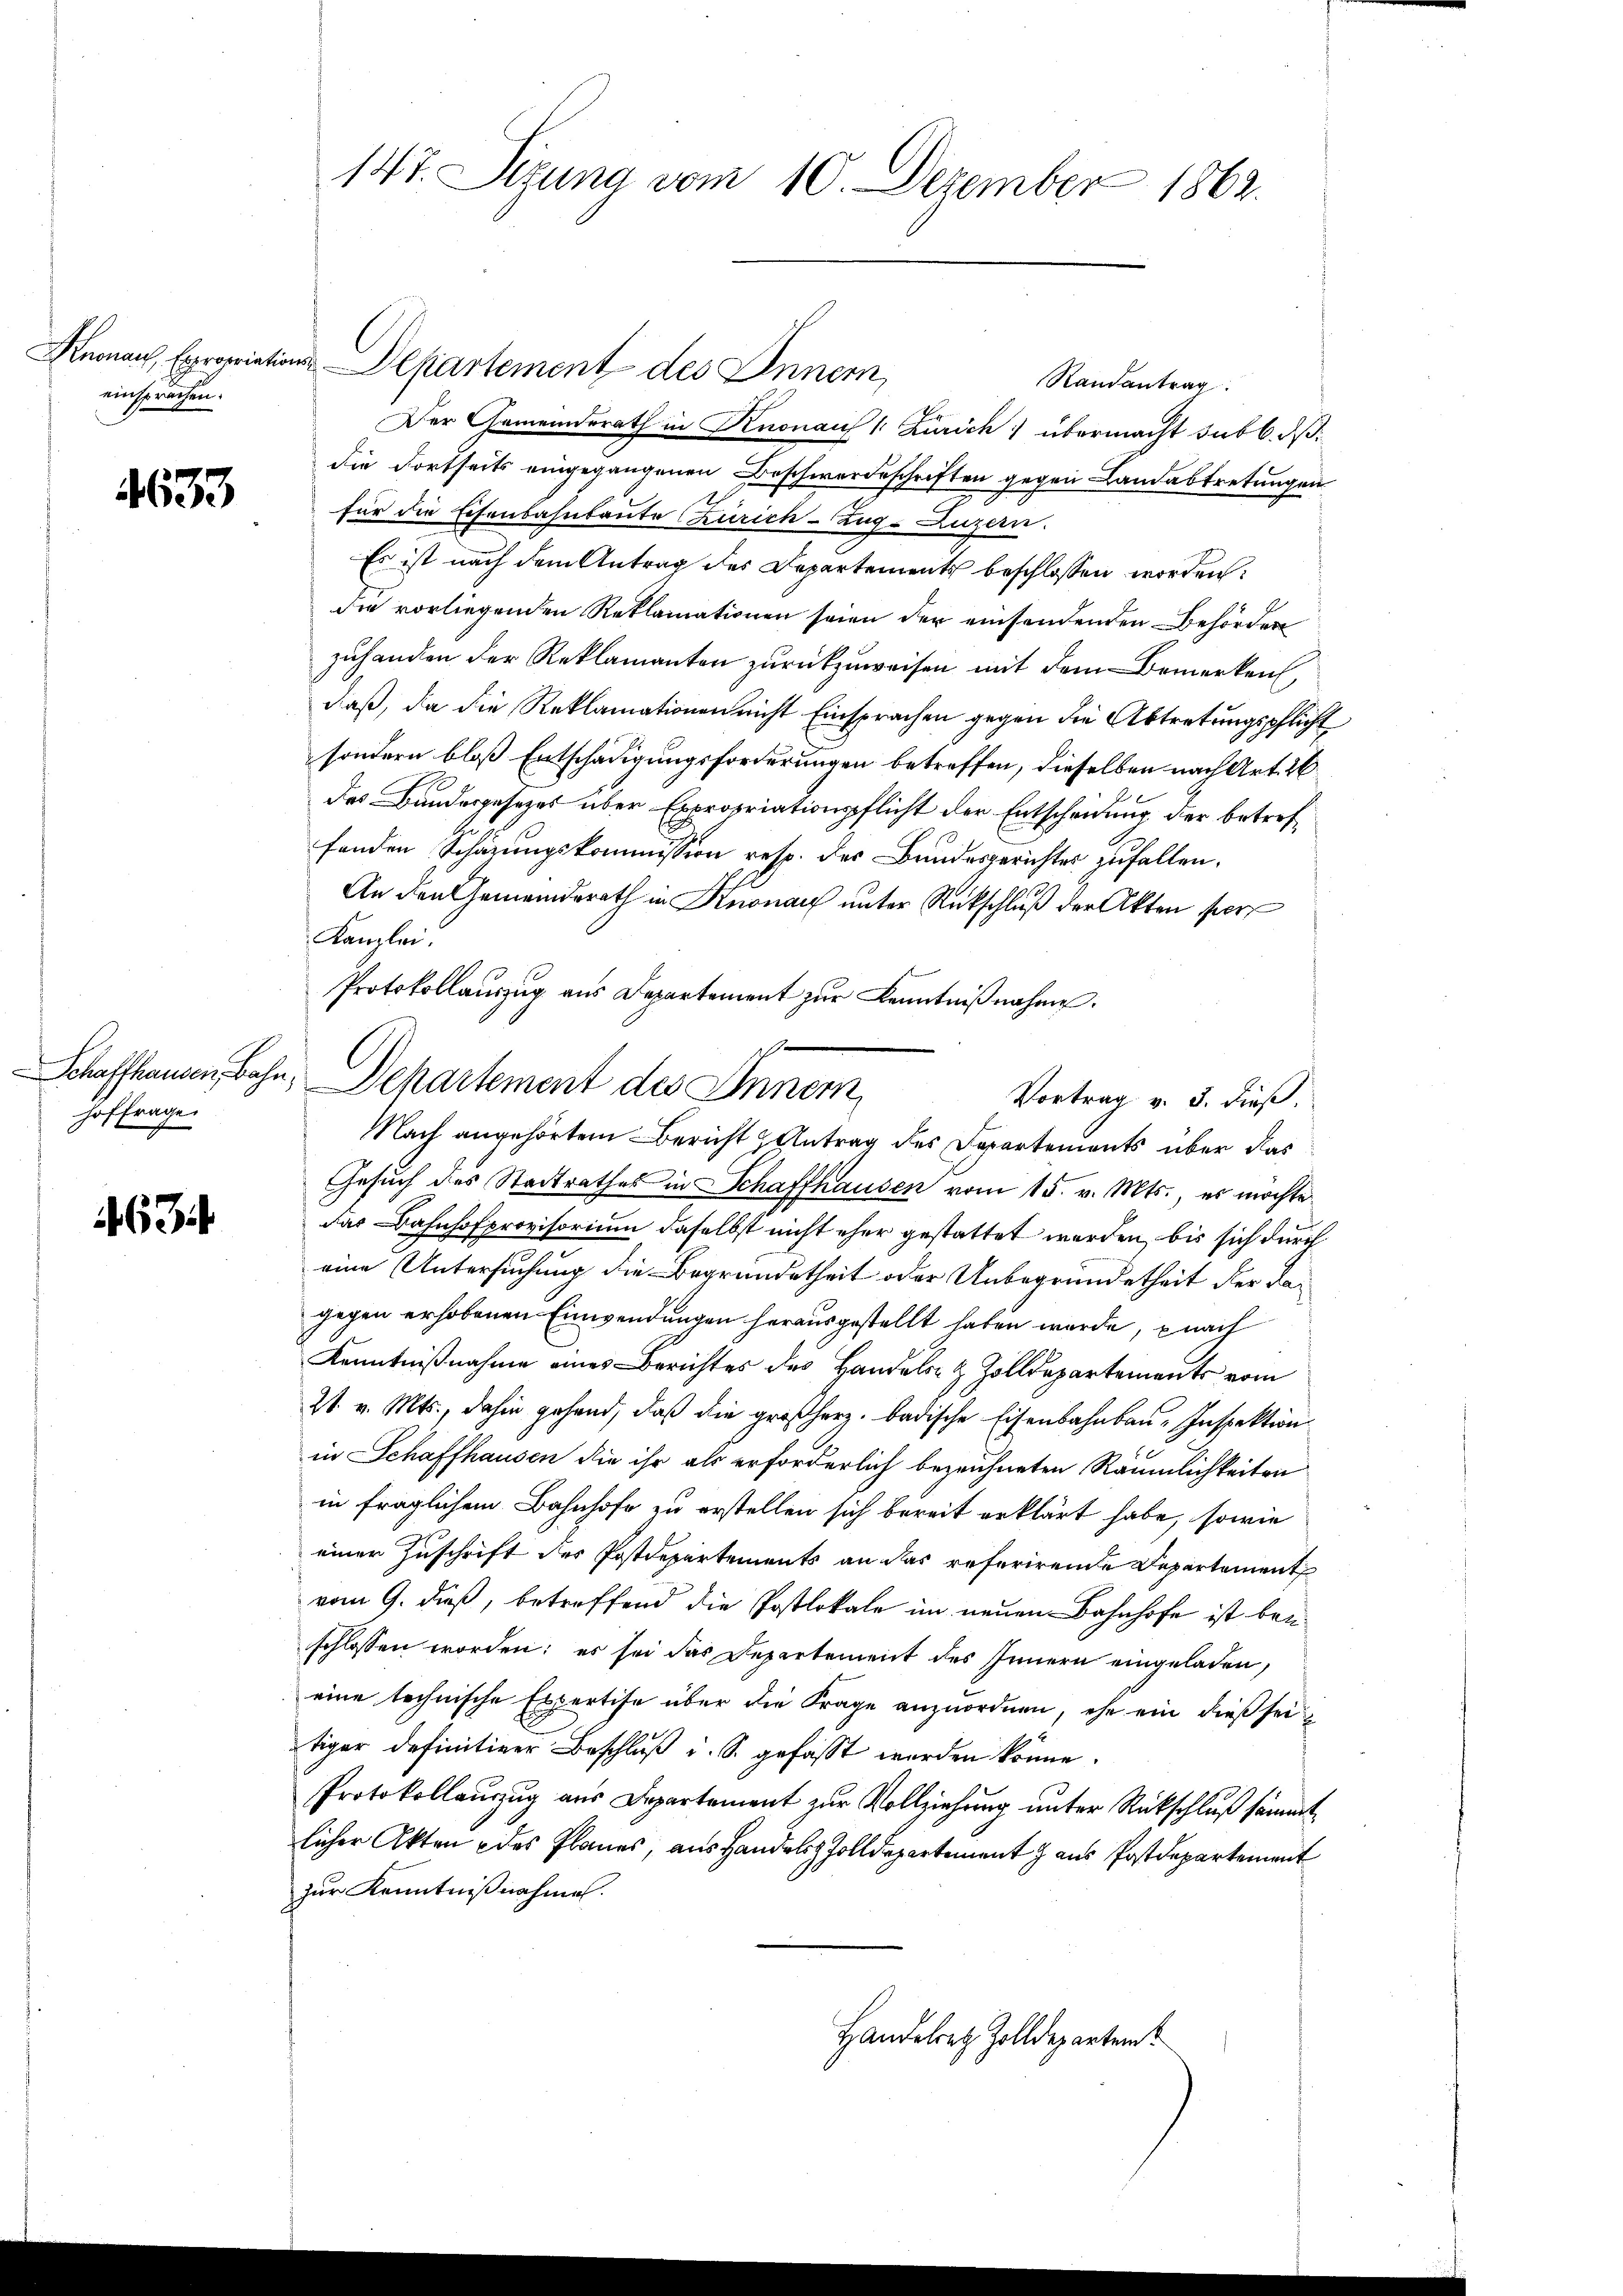
einsprachen.

4633

hoffrage.

463

Randantrag
Der Gemeinderath in Knonau (: Zürich übermacht sub b. dß.
die dortseits eingegangenen Beschwerdeschriften gegen Landabtretungen
für die Eisenbahnbaute Zürich–Zug–Luzern.
Es ist nach dem Antrag des Departements beschlossen worden:
die vorliegenden Reklamationen seien der einsendenden Behördere
zuhanden der Reklamanten zurückzuweisen mit dem Bemerken,
daß, da die Reklamationen nicht Einsprachen gegen die Abtretungspflicht
sondern bloß Entschädigungsforderungen betreffen, dieselben nach Art. 26
des Bundesgesetzes über Expropriationspflicht der Entscheidung der betreffanden Schazungskommission resp. der Bundesgerichter zufallen.
An den Gemeinderath in Knonau unter Rückschluß der Akten per
Kanzlei.
Protokollauszug aus Departement zŭr Kenntniβnahme.
Vortrag v. 3. dieß.
Nach angehörtem Bericht Antrag des Departements über das
Gesuch des Stadtrathes in Schaffhausen vom 15. v. Mts., es möchte
das Bahnhofprovisorium daselbst nicht eher gestattet werden, bis sich durch
eine Untersuchung die Begründetheit oder Unbegründetheit der Kagegen erhobenen Einwendungen herausgestellt haben wurde, nach
Kenntnißnahme eines Berichtes des Handels- & Zolldepartements vom
21. v. Mts., dahin gehend, daß die großherz. badische Eisenbahnbau-Inspektion
in Schaffhausen die ihr als erforderlich bezeichneten Räumlichkeiten
in fraglichem Bahnhofe zu erstellen sich bereit erklärt habe, sowie
einer Zuschrift des Postdepartements an das referirende Departement
vom 9. dieß, betreffend die Postlokale im neuen Bahnhofe ist bei
schlossen worden; es sei das Departement des Innern eingeladen,
eine technische Expertise über die Frage anzuordnen, ehe ein dieß sei
tiger definitiver Beschluß u. S. gefasst worden könne.
Protokollauszug aus Departement zur Vollziehung unter Rückschluß sämmt
licher Akten des Planes, aus Handels Zolldepartement aus Postdepartement
zur Kenntnißnahme.
Handelrez Zolldepartem

14t. Sigung vom 10. Dezember 1862.

Knonau, Expropriations-Departement des Innern,

Schaffhausen, Bahn, Departement des Innern

r